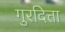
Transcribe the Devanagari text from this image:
गुरदित्ता